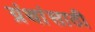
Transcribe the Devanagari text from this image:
ग्रंथांसाठी